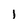
Character: l